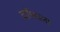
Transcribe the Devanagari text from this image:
दरोंवाला